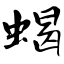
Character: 蝎